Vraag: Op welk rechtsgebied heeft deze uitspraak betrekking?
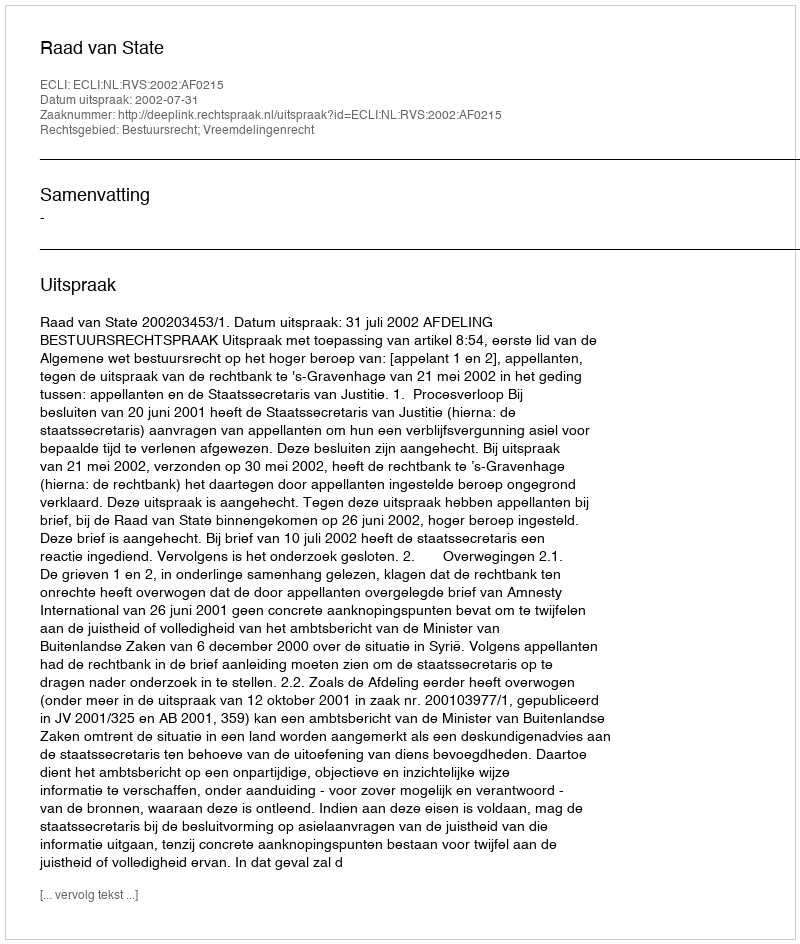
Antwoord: Bestuursrecht; Vreemdelingenrecht